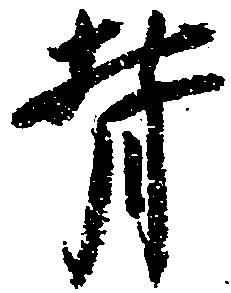
背